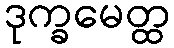
ဒုက္ခမေတ္ထ